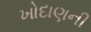
ખોદાણની